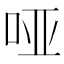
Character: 哑